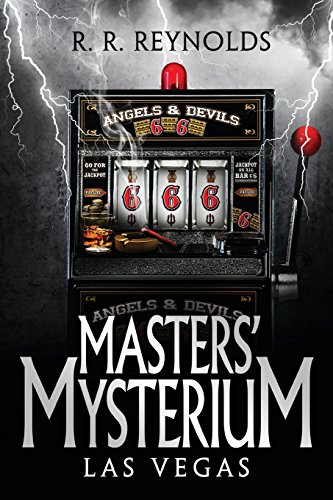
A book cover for Masters' Mysterium: Las Vegas (Volume 2); R. R. Reynolds; Science Fiction & Fantasy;